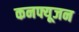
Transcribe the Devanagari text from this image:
कनफ्यूजन